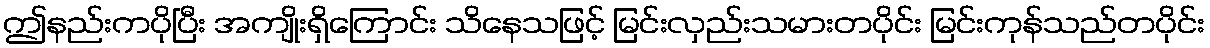
ဤနည်းကပိုပြီး အကျိုးရှိကြောင်း သိနေသဖြင့် မြင်းလှည်းသမားတပိုင်း မြင်းကုန်သည်တပိုင်း